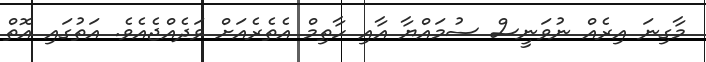
މާގިނަ އިރެއް ނުވަނީސް ސުމައްޔާ އާއި ހާތިމް އެތެރެއަށް ވަދެއްޖެއެވެ. އަތުގައި އޮތް